Lunatic asylums in Bengal annual reports 1899-1911 - 1899-1911
Year: 1899
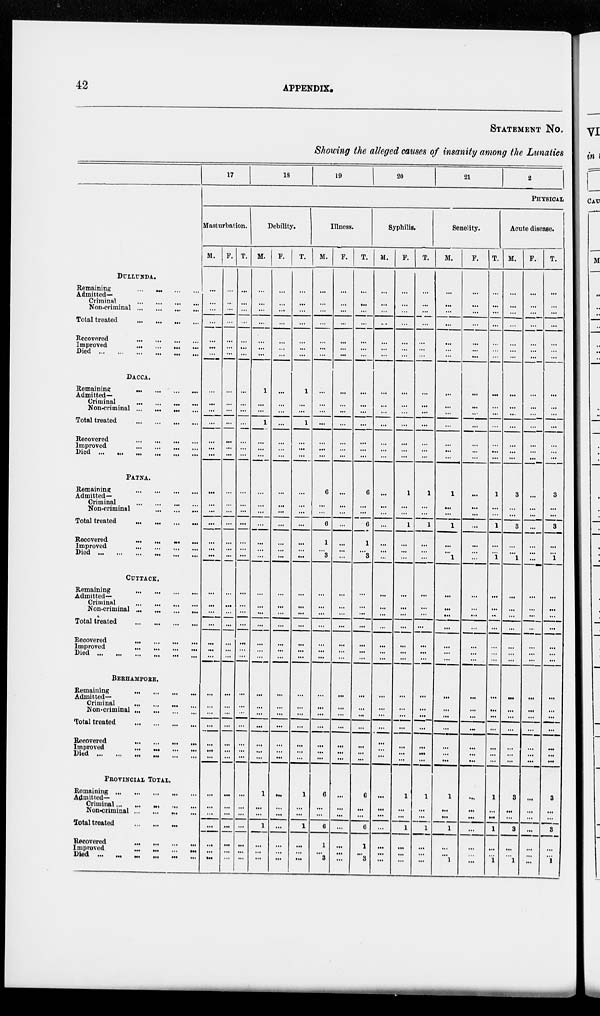
42
APPENDIX.
STATEMENT NO.
Showing the alleged causes of insanity among the Lunatics
DULLUNDA.
Remaining ... ... ... ...
Admitted—
Criminal
...
...
...
...
Non-criminal
...
...
...
...
Total treated
...
...
...
...
Recovered ... ... ... ...
Improved
...
...
...
...
Died
...
...
...
...
DACCA.
Remaining ... ... ... ...
Admitted—
Criminal
...
...
...
...
Non-criminal ... ... ... ...
Total treated
...
...
...
...
Recovered
...
...
...
...
Improved
...
...
...
...
Died
...
...
...
...
...
...
PATNA.
Remaining
...
...
...
...
Admitted—
Criminal
...
...
...
...
Non-criminal
...
...
...
...
Total treated
...
...
...
...
Recovered
...
...
...
...
Improved
...
...
...
...
Died
...
...
...
...
...
CUTTACK.
Remaining
...
...
...
...
Admitted—
Criminal
...
...
...
...
Non-criminal
...
...
...
...
Total treated
...
...
...
...
Recovered
...
...
...
...
Improved
...
...
...
...
Died
...
...
...
...
...
...
BERHAMPORE.
Remaining
...
...
...
...
Admitted—
Criminal
...
...
...
...
Non-criminal
...
...
...
...
Total treated
...
...
...
...
Recovered ... ... ... ...
Improved
...
...
...
...
Died
...
...
...
...
PROVINCIAL TOTAL.
Remaining
...
...
...
...
Admitted—
Criminal
...
...
...
...
Non-criminal
...
...
...
...
Total treated
...
...
...
...
Recovered
...
...
...
...
Improved
...
...
...
...
Died
...
...
...
...
...
17
18
19
20
21
22
PHYSICAL
Masturbation.
M.
...
...
...
...
...
...
...
...
...
...
...
...
...
...
...
...
...
...
...
...
...
...
...
...
...
...
...
...
...
...
...
...
...
...
...
...
...
...
...
...
...
...
F.
...
...
...
...
...
...
...
...
...
...
...
...
...
...
...
...
...
...
...
...
...
...
...
...
...
...
...
...
...
...
...
...
...
...
...
...
...
...
...
...
...
...
T.
...
...
...
...
...
...
...
...
...
...
...
...
...
...
...
...
...
...
...
...
...
...
...
...
...
...
...
...
...
...
...
...
...
...
...
...
...
...
...
...
...
...
Debility.
M.
...
...
...
...
...
...
...
1
...
...
1
...
...
...
...
...
...
...
...
...
...
...
...
...
...
...
...
...
...
...
...
...
...
...
...
1
...
...
1
...
...
...
F.
...
...
...
...
...
...
...
...
...
...
...
...
...
...
...
...
...
...
...
...
...
...
...
...
...
...
...
...
...
...
...
...
...
...
...
...
...
...
...
...
...
...
T.
...
...
...
...
...
...
...
1
...
...
1
...
...
...
...
...
...
...
...
...
...
...
...
...
...
...
...
...
...
...
...
...
...
...
...
1
...
...
1
...
...
...
Illness.
M.
...
...
...
...
...
...
...
...
...
...
...
...
...
...
6
...
...
6
1
...
3
...
...
...
...
...
...
...
...
...
...
...
...
...
...
6
...
...
6
1
...
3
F.
...
...
...
...
...
...
...
...
...
...
...
...
...
...
...
...
...
...
...
...
...
...
...
...
...
...
...
...
...
...
...
...
...
...
...
...
...
...
...
...
...
...
T.
...
...
...
...
...
...
...
...
...
...
...
...
...
...
6
...
...
6
1
...
3
...
...
...
...
...
...
...
...
...
...
...
...
...
...
6
...
...
6
1
...
3
Syphilis.
M.
...
...
...
...
...
...
...
...
...
...
...
...
...
...
...
...
...
...
...
...
...
...
...
...
...
...
...
...
...
...
...
...
...
...
...
...
...
...
...
...
...
...
...
F.
...
...
...
...
...
...
...
...
...
...
...
...
...
...
1
...
...
1
...
...
...
...
...
...
...
...
...
...
...
...
...
...
...
...
...
1
...
...
...
1
...
...
...
T.
...
...
...
...
...
...
...
...
...
...
...
...
...
...
1
...
...
1
...
...
...
...
...
...
...
...
...
...
...
...
...
...
...
...
1
...
...
...
1
...
...
...
Senelity.
M.
...
...
...
...
...
...
...
...
...
...
...
...
...
...
1
...
...
1
...
...
1
...
...
...
...
...
...
...
...
...
...
...
...
...
...
1
...
...
...
1
...
...
1
F.
...
...
...
...
...
...
...
...
...
...
...
...
...
...
...
...
...
...
...
...
...
...
...
...
...
...
...
...
...
...
...
...
...
...
...
...
...
...
...
...
...
...
...
T.
...
...
...
...
...
...
...
...
...
...
...
...
...
1
...
...
1
...
...
1
...
...
...
...
...
...
...
...
...
...
...
...
...
...
1
...
...
...
1
...
...
1
Acute disease.
M.
...
...
...
...
...
...
...
...
...
...
...
...
...
...
3
...
...
3
...
...
1
...
...
...
...
...
...
...
...
...
...
...
...
...
...
3
...
...
3
...
...
1
F.
...
...
...
...
...
...
...
...
...
...
...
...
...
...
...
...
...
...
...
...
...
...
...
...
...
...
...
...
...
...
...
...
...
...
...
...
...
...
...
...
...
...
T.
...
...
...
...
...
...
...
...
...
...
...
...
...
...
3
...
...
3
...
...
1
...
...
...
...
...
...
...
...
...
...
...
...
...
...
3
...
...
3
...
...
1